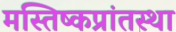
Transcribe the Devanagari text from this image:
मस्तिष्कप्रांतस्था